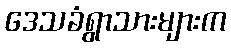
ဒေသခံရွာသားများက